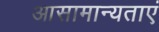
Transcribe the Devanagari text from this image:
आसामान्यताएं